Report on malaria in the Punjab during the year ...  together with an account of the work of the Punjab Malaria Bureau - Volume 6
Disease focus: Malaria
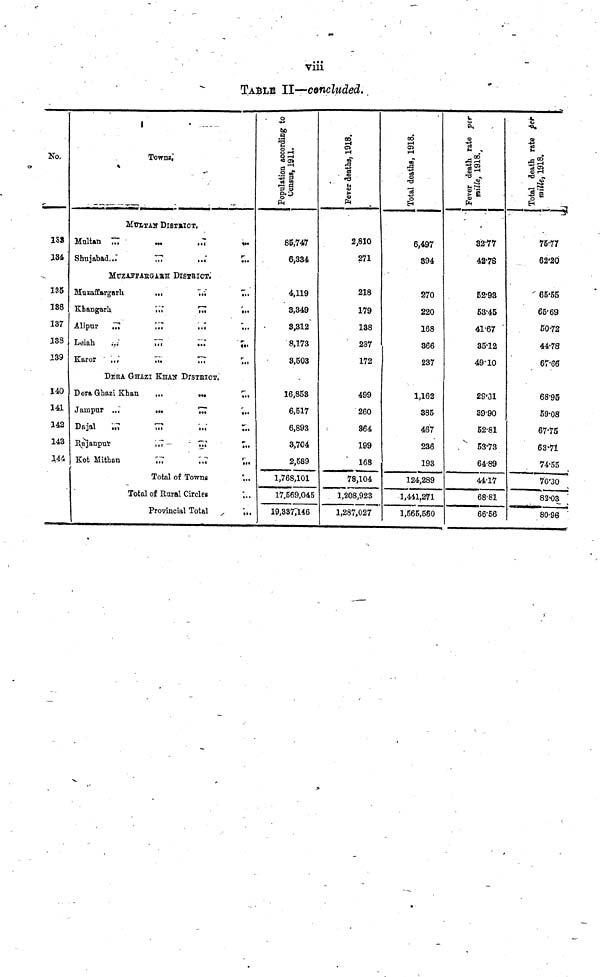
viii
TABLE II—concluded..
No.
1S3
134
13B
186
137
138
139
140
141
142
143
144
Town?,
MtrxTAK DISTRICT.
Mai tan ,,,
...
,.T
Shujabad..."
,,,
..."
MfzAijAEeHBH DISTRICT.
Muzaffargsrh
...
",.\
Khangarh
!«
771
Alipur
...
177
,,'t
Leiah
*.;
7M
••»
Karor
,.,'
...
...
DERA G-HAZI KHAN DISTEICT.
Dera Qhazi Khan
...
...
Jampur .,,
.,.
777
Dajal
...
777
..."
I^ajanpul-
».7 —
" m
Kofc Mithan
7.7
^.7
Total of Towns
Total of Rural Circles
Provincial Total
*»«
r
7..
...
"...
«•(
r
7..
...
T..
:..
r
"...
;..
Population according
(Jonsus, 1911.
8B,747
6,334
4,119
3,349
3,312
8,173
3,503
16,853
6,517
6,893
3,704
2,589
1,768,101
17,569,045
19,3377146
Fever deaths, 1918.
2,810
271
218
179
138
237
172
499
260
864
199
168
78,104
1,208,923
1,287,027
Total deaths, 1918.
6,497
894
270
220
168
366
237
1,162
385
467
236
193
124,289
1,441,271
1,565,580
CO
ID
1 ,
IS
K
32-77
42-78
52-93
53-45
41-67
35-12
49'10
29*31
39-90
52-81
53-73
6489
44-17
68-81
66-56
i.
I Total death rate
-
oo
ft
s
75-77
62'2O
65'5S
65-69
50-72
44-78
67-60
68-95
59-08
67-75
63-71
74-55
70'3O
82-038
0-96